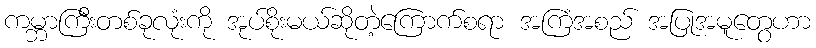
ကမ္ဘာကြီးတစ်ခုလုံးကို အုပ်စိုးမယ်ဆိုတဲ့ကြောက်စရာ အကြံအစည် အပြုအမူတွေဟာ